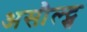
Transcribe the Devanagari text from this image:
असौल्ट्स